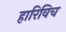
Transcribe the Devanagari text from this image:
हारिविच